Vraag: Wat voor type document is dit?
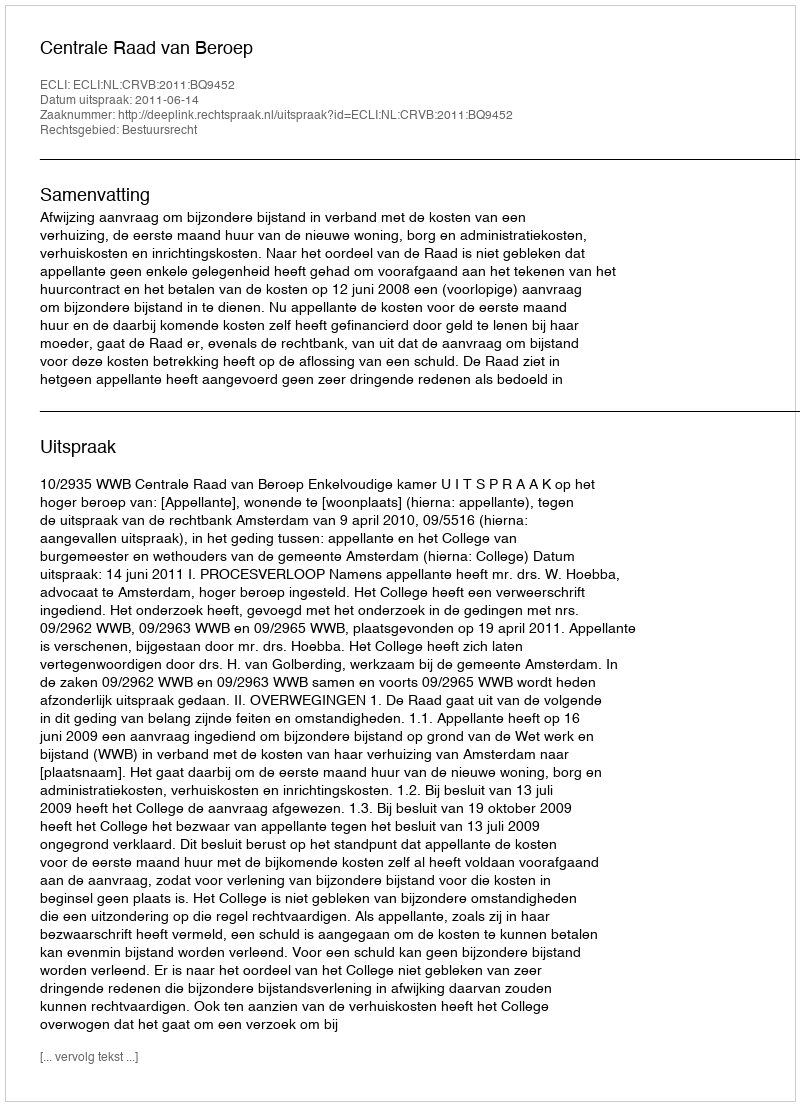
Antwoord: Uitspraak